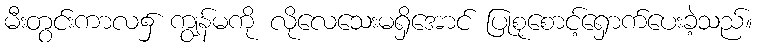
မီးတွင်းကာလ၌ ကျွန်မကို လိုလေသေးမရှိအောင် ပြုစုစောင့်ရှောက်ပေးခဲ့သည်။